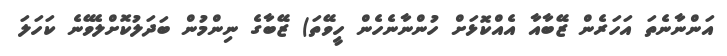
އަންނާނެތަ އަހަރެން ޒޭބާއާ އެއްކޮޅަށް ހުންނާނެހެން ހީވޭތަ) ޒޭބާގެ ނިންމުން ބަދަލުކޮށްލެވޭނެ ކަހަލަ